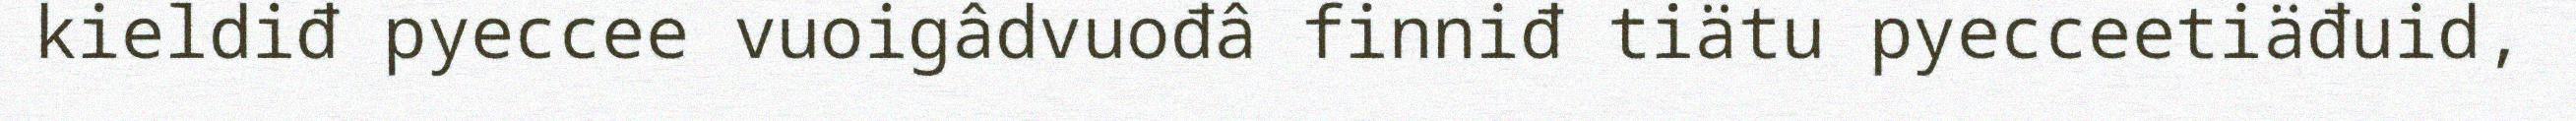
kieldiđ pyeccee vuoigâdvuođâ finniđ tiätu pyecceetiäđuid,